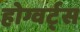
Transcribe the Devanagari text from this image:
होग्वर्ट्स